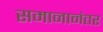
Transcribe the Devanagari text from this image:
समानानंतर